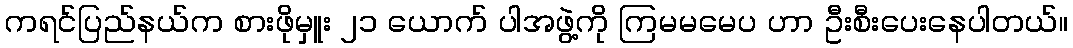
ကရင်ပြည်နယ်က စားဖိုမှူး ၂၁ ယောက် ပါအဖွဲ့ကို ကြမမမေပ ဟာ ဦးစီးပေးနေပါတယ်။